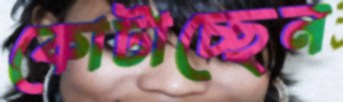
কোটাচ্ছেন